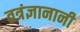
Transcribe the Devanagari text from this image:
तत्रंज्ञानानी